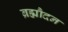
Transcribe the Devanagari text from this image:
ब्रह्मौदन